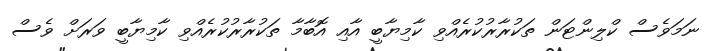
ނަމަވެސް ކްލިންޓަން ތަކުރާރުކުރެއްވި ކާމިޔާބީ އާއި އޮބާމާ ތަކުރާރުކުރެއްވި ކާމިޔާބީ ވަރަށް ވެސް